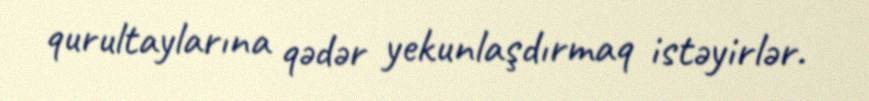
qurultaylarına qədər yekunlaşdırmaq istəyirlər.